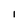
Character: I